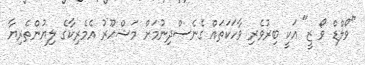
"ވޯލްޑް ވޯ ޒީ" އަކީ ބިރުވެރި ވާހަކަތައް ގެނެސްދިނުމަށް މަޝްހޫރު އެމެރިކާގެ ލިޔުންތެރިޔާ